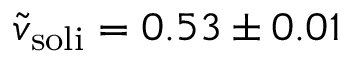
\tilde { v } _ { \mathrm { s o l i } } = 0 . 5 3 \pm 0 . 0 1